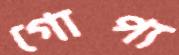
গোপ্য